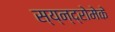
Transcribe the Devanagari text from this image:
स्य्न्द्रोमेके